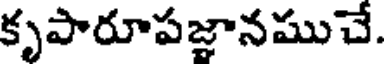
కృపారూపజ్ఞానముచే.